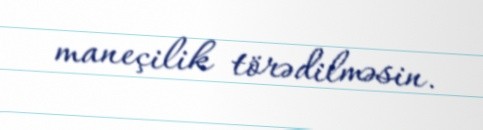
maneçilik törədilməsin.